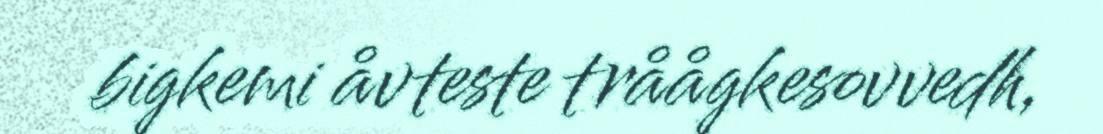
bigkemi åvteste tråågkesovvedh,